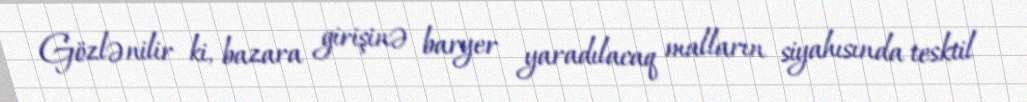
Gözlənilir ki, bazara girişinə baryer yaradılacaq malların siyahısında tesktil